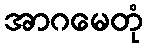
အာဂမေတုံ